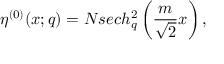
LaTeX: \eta ^ { ( 0 ) } ( x ; q ) = N s e c h _ { q } ^ { 2 } \left( \frac { m } { \sqrt 2 } x \right) ,